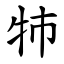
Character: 㸬